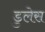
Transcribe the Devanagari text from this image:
डुलेस